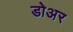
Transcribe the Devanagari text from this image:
डोअर